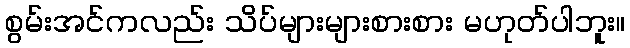
စွမ်းအင်ကလည်း သိပ်များများစားစား မဟုတ်ပါဘူး။